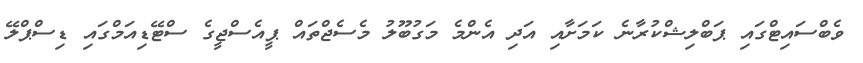
ވެބްސައިޓްގައި ޕަބްލިޝްކުރާނެ ކަމަށާއި އަދި އެންމެ މަގުބޫލު މެސެޖްތައް ޕީއެސްޖީގެ ސްޓޭޑިއަމްގައި ޑިސްޕްލޭ